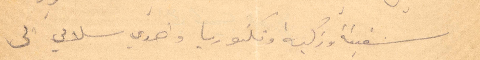
شفيقة وزكية وفكتوريا وهدي سلامي الى